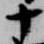
十